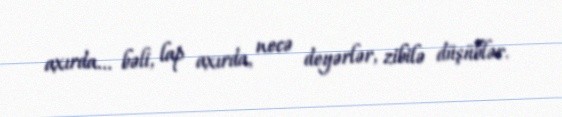
axırda... bəli, lap axırda, necə deyərlər, zibilə düşüblər.